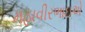
મહાવીરભાઇએ